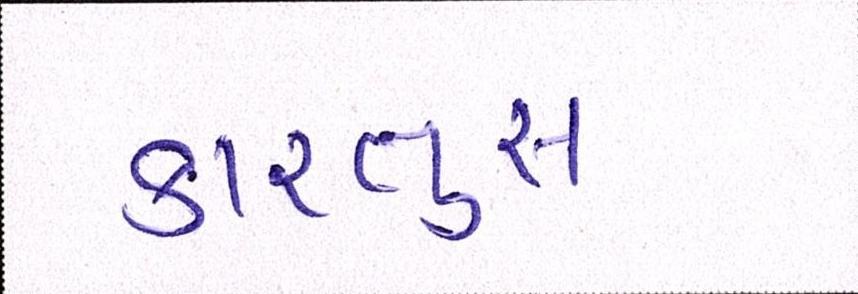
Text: કારતુસ